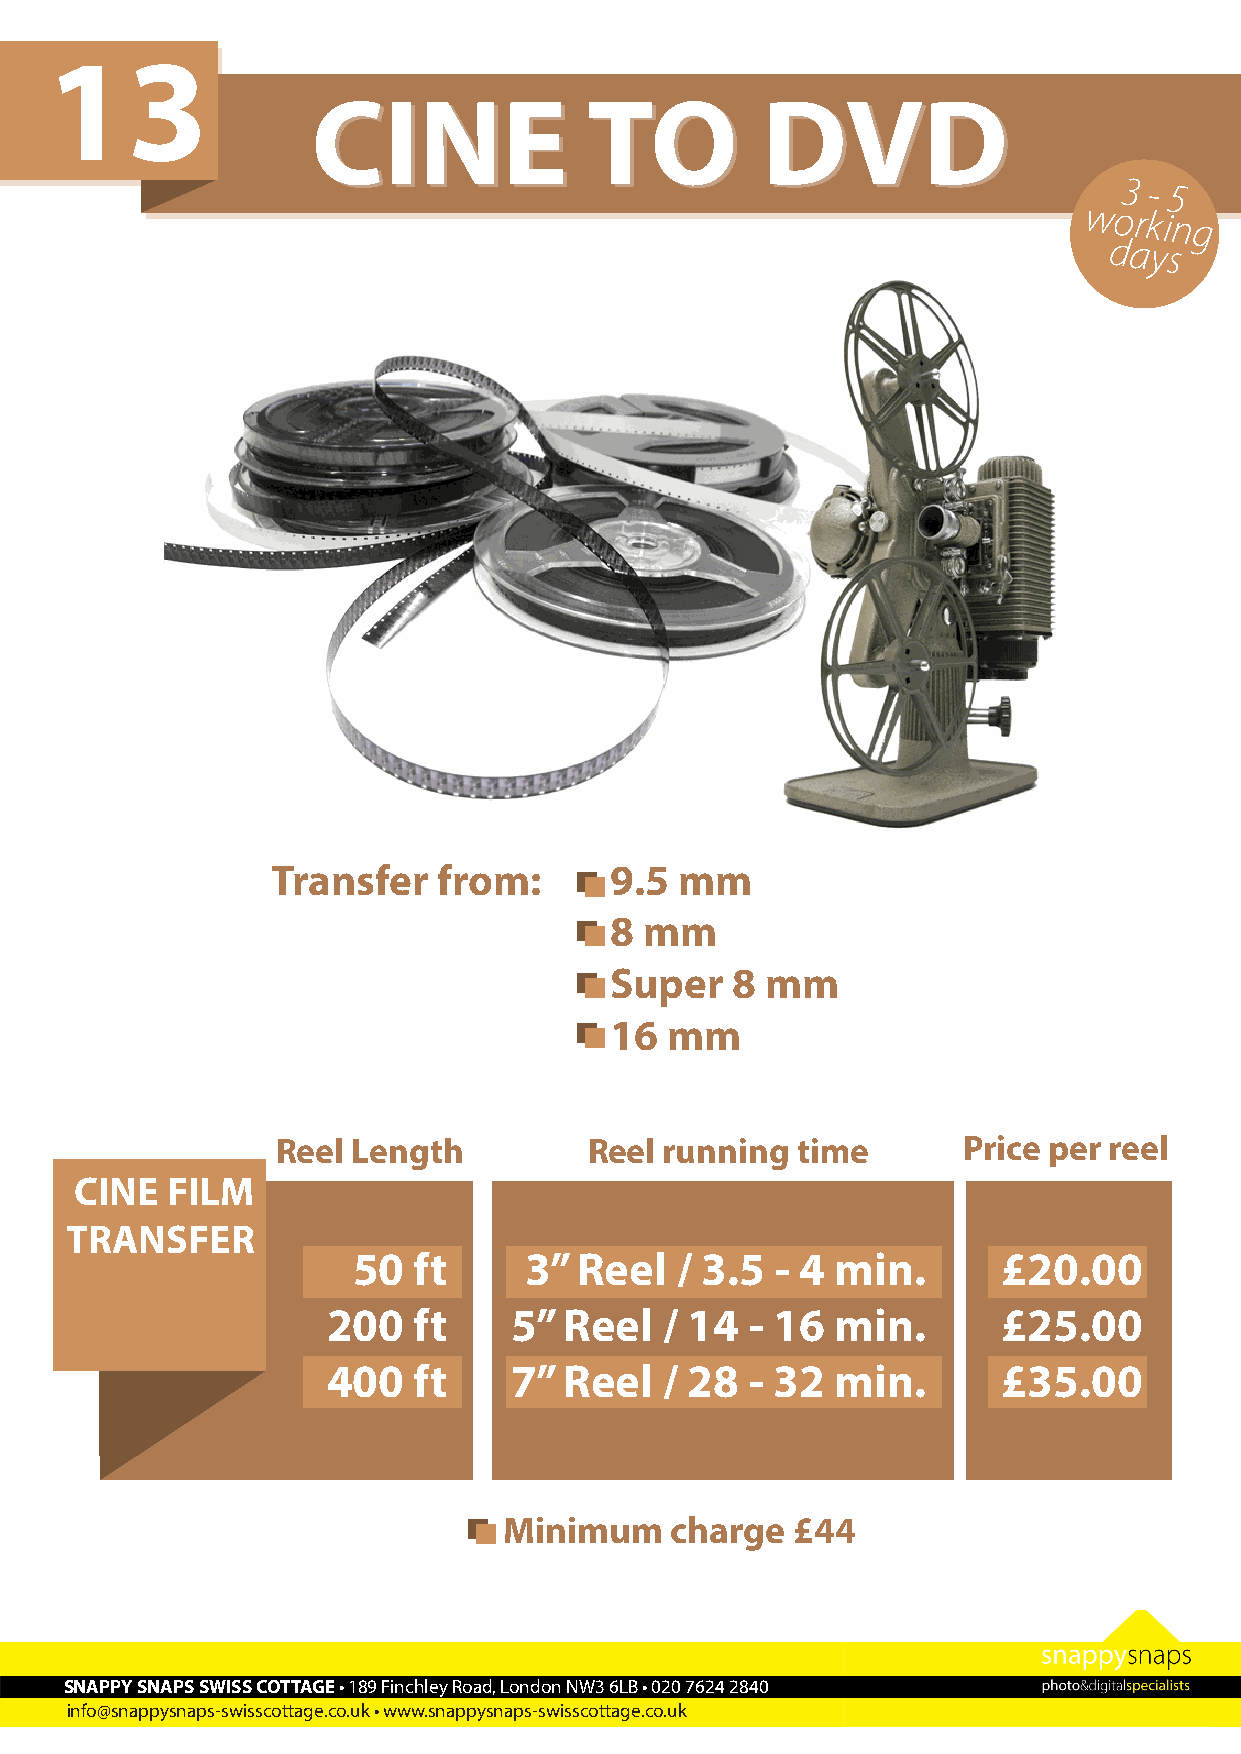
13
 CCIINNEE          TTOO       DDVVDD
 3 - 5
 working
 days
 Transfer   from:      9.5  mm
 8  mm
 Super   8  mm
 16  mm
 Reel Length          Reel running  time       Price per reel
 CINE  FILM
 TRANSFER
 50  ft      3” Reel   / 3.5 - 4 min.       £20.00
 200  ft     5” Reel   / 14  - 16 min.       £25.00
 400  ft     7” Reel   / 28  - 32 min.       £35.00
 Camcorders must be supplied with power supply
 and all audio-video leads
 Minimum    charge  £44
 SNAPPY SNAPS SWISS COTTAGE • 189 Finchley Road, London NW3 6LB • 020 7624 2840
 info@snappysnaps-swisscottage.co.uk • www.snappysnaps-swisscottage.co.uk